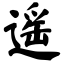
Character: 遥